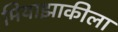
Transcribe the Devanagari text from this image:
मियाझाकीला